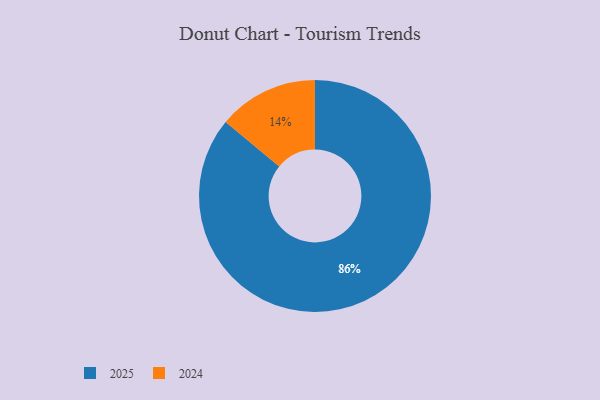
{"axis": {"x": "Category", "y": "Percentage"}, "legend": ["2024", "2025"], "data": [{"x": "2024", "y": 14, "type": "2024"}, {"x": "2025", "y": 86, "type": "2025"}]}